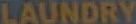
LAUNDRY